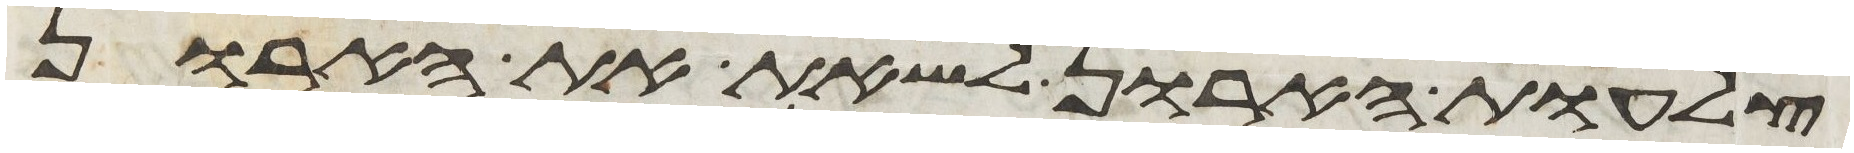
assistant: צלעות הארון לשאת את הארון